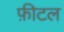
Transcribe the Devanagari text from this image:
फ़ीटल